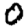
Digit: 0